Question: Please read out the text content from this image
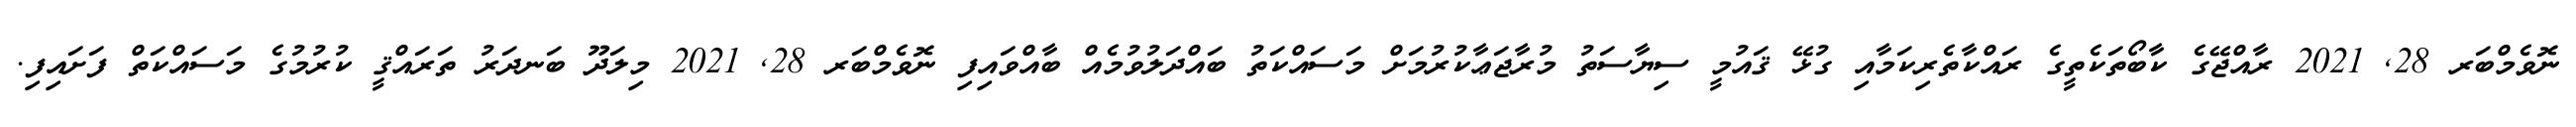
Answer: ނޮވެމްބަރ 28, 2021 ރާއްޖޭގެ ކާބޯތަކެތީގެ ރައްކާތެރިކަމާއި ގުޅޭ ޤައުމީ ސިޔާސަތު މުރާޖަޢާކުރުމަށް މަސައްކަތު ބައްދަލުވުމެއް ބާއްވައިފި ނޮވެމްބަރ 28, 2021 މިލަދޫ ބަނދަރު ތަރައްޤީ ކުރުމުގެ މަސައްކަތް ފަށައިފި.